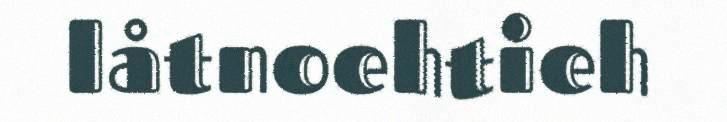
låtnoehtieh